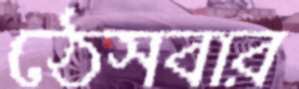
ঠেসবার